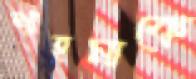
শাহমাকে